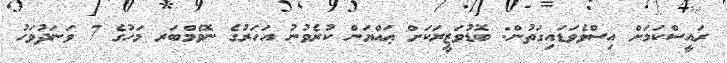
ރައީސްކަމަށް އިސްވެވަޑައިގަތުން: ބޮޑުވަޒީރަކަށް ޢައްޔަން ކުރެވުނު އަހަރުގެ ނޮވެމްބަރ މަހުގެ 7 ވަނަދުވަހު